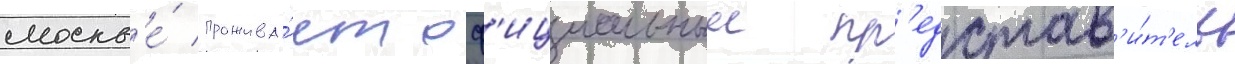
москв'е́ прожива́ет оф'ициальныи пр'едстав'и́т'ель